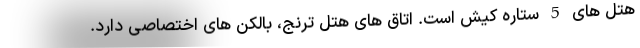
هتل های 5 ستاره کیش است. اتاق های هتل ترنج، بالکن های اختصاصی دارد.